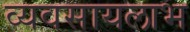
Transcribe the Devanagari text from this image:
व्यवसायलाभ